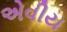
એવીય